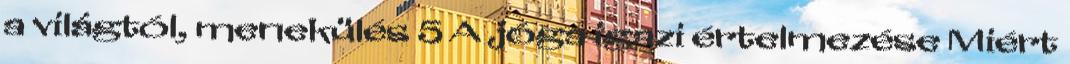
a világtól, menekülés 5 A jóga igazi értelmezése Miért